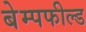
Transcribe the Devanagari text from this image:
बेम्पफील्ड